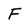
Character: F